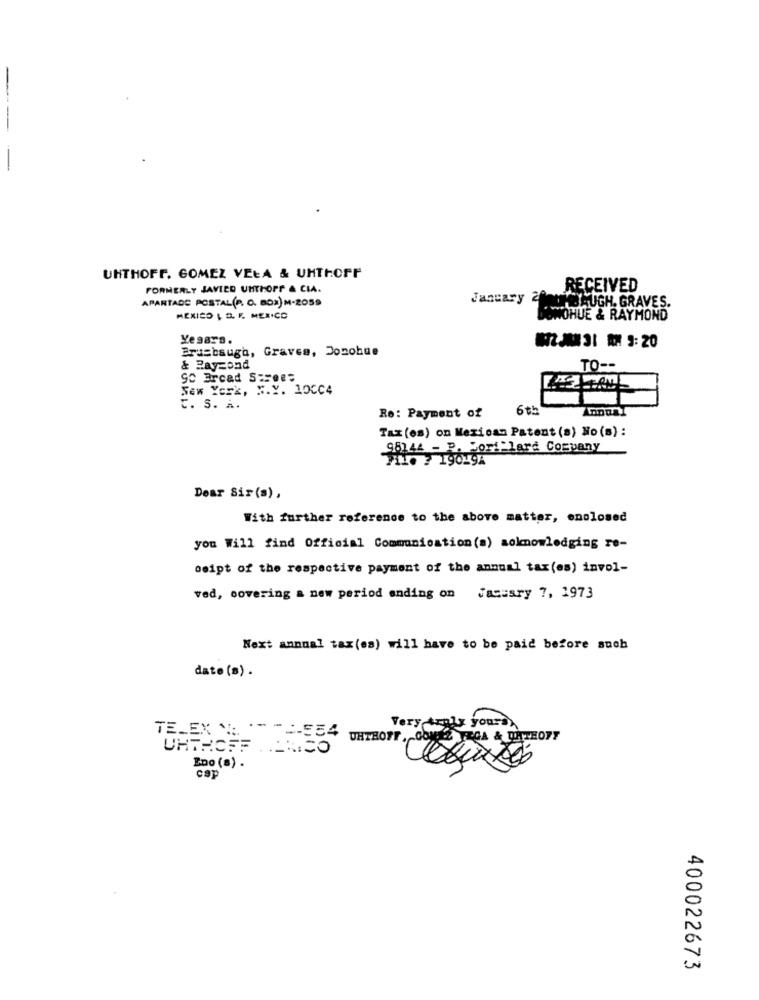
-
UNTHOFF. GOMEZ VEŁA & UHTHOFF
FORMERLY JAVIER UHTHOPF & CIA.
RECEIVED
APARTADO POSTAL(P. O. 802) M-2059
January 2
MILJAUGH. GRAVES.
MEXICO | D. F. MERICO
SWOHUE & RAYMOND
Yesars.
Erdebaugh, Graves, Donohue
& Rayzond
TO --
SC Brcad Street
New York, F.Y. 10CC4
C. S. A.
6th
Re: Payment of
Tax (es) on Mexican Patent (s) No (s) :
98144 - P. For:"lard Company
7110 7 19029A
Dear Sir (s),
With further reference to the above matter, enclosed
you Will find Official Communication(a) aoknowledging re-
beipt of the respective payment of the annual tax(es) invol-
ved, covering a new period ending on Jacusry 7, 1973
Next annual tax (es) will have to be paid before such
date(s) .
Very truly yours
UHTHOFF ..... ES
Eno (a) .
cap
400022673